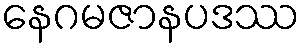
နေဂမဇာနပဒဿ